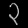
Digit: ၃